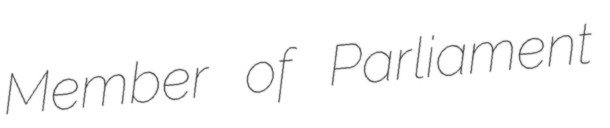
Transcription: Member of Parliament